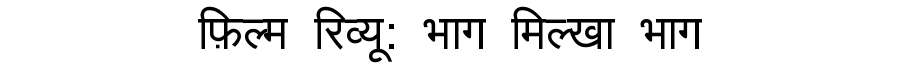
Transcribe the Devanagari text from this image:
फ़िल्म रिव्यू: भाग मिल्खा भाग